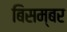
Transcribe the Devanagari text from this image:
बिसम्बर